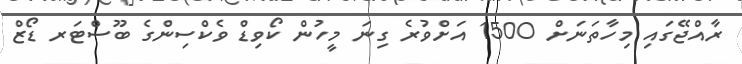
ރާއްޖޭގައި މިހާތަނަށް 1500 އަށްވުރެ ގިނަ މީހުން ކޯވިޑް ވެކްސިންގެ ބޫސްޓަރ ޑޯޒް